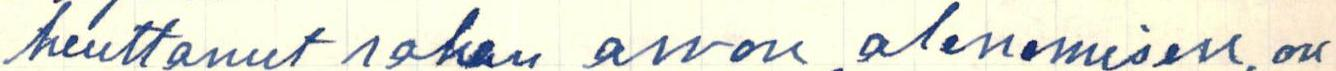
heuttanut rahan arvon alenemisen, on